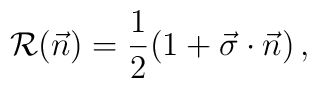
{\cal R}(\vec{n}) = {1\over 2}(1 + \vec{\sigma}\cdot\vec{n})\,,